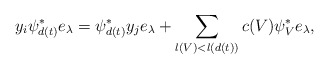
\begin{align*}y_i\psi_{d(t)}^*e_{\lambda}= \psi_{d(t)}^*y_je_{\lambda}+\sum_{l(V)<l({d(t)})}c(V)\psi_{V}^*e_{\lambda},\end{align*}